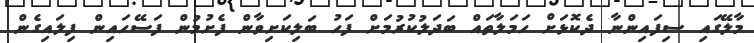
މާލޭގައި ސިފައިންނާ ދެކޮޅަށް ހަމަލާތައް ބަދަލުކުރުމަށް ފަހު ބަލިކަށިވާން ފެށުމުން ފަސޭހައިން ފިލައިގެން